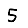
Digit: 5